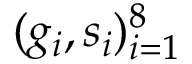
( g _ { i } , s _ { i } ) _ { i = 1 } ^ { 8 }